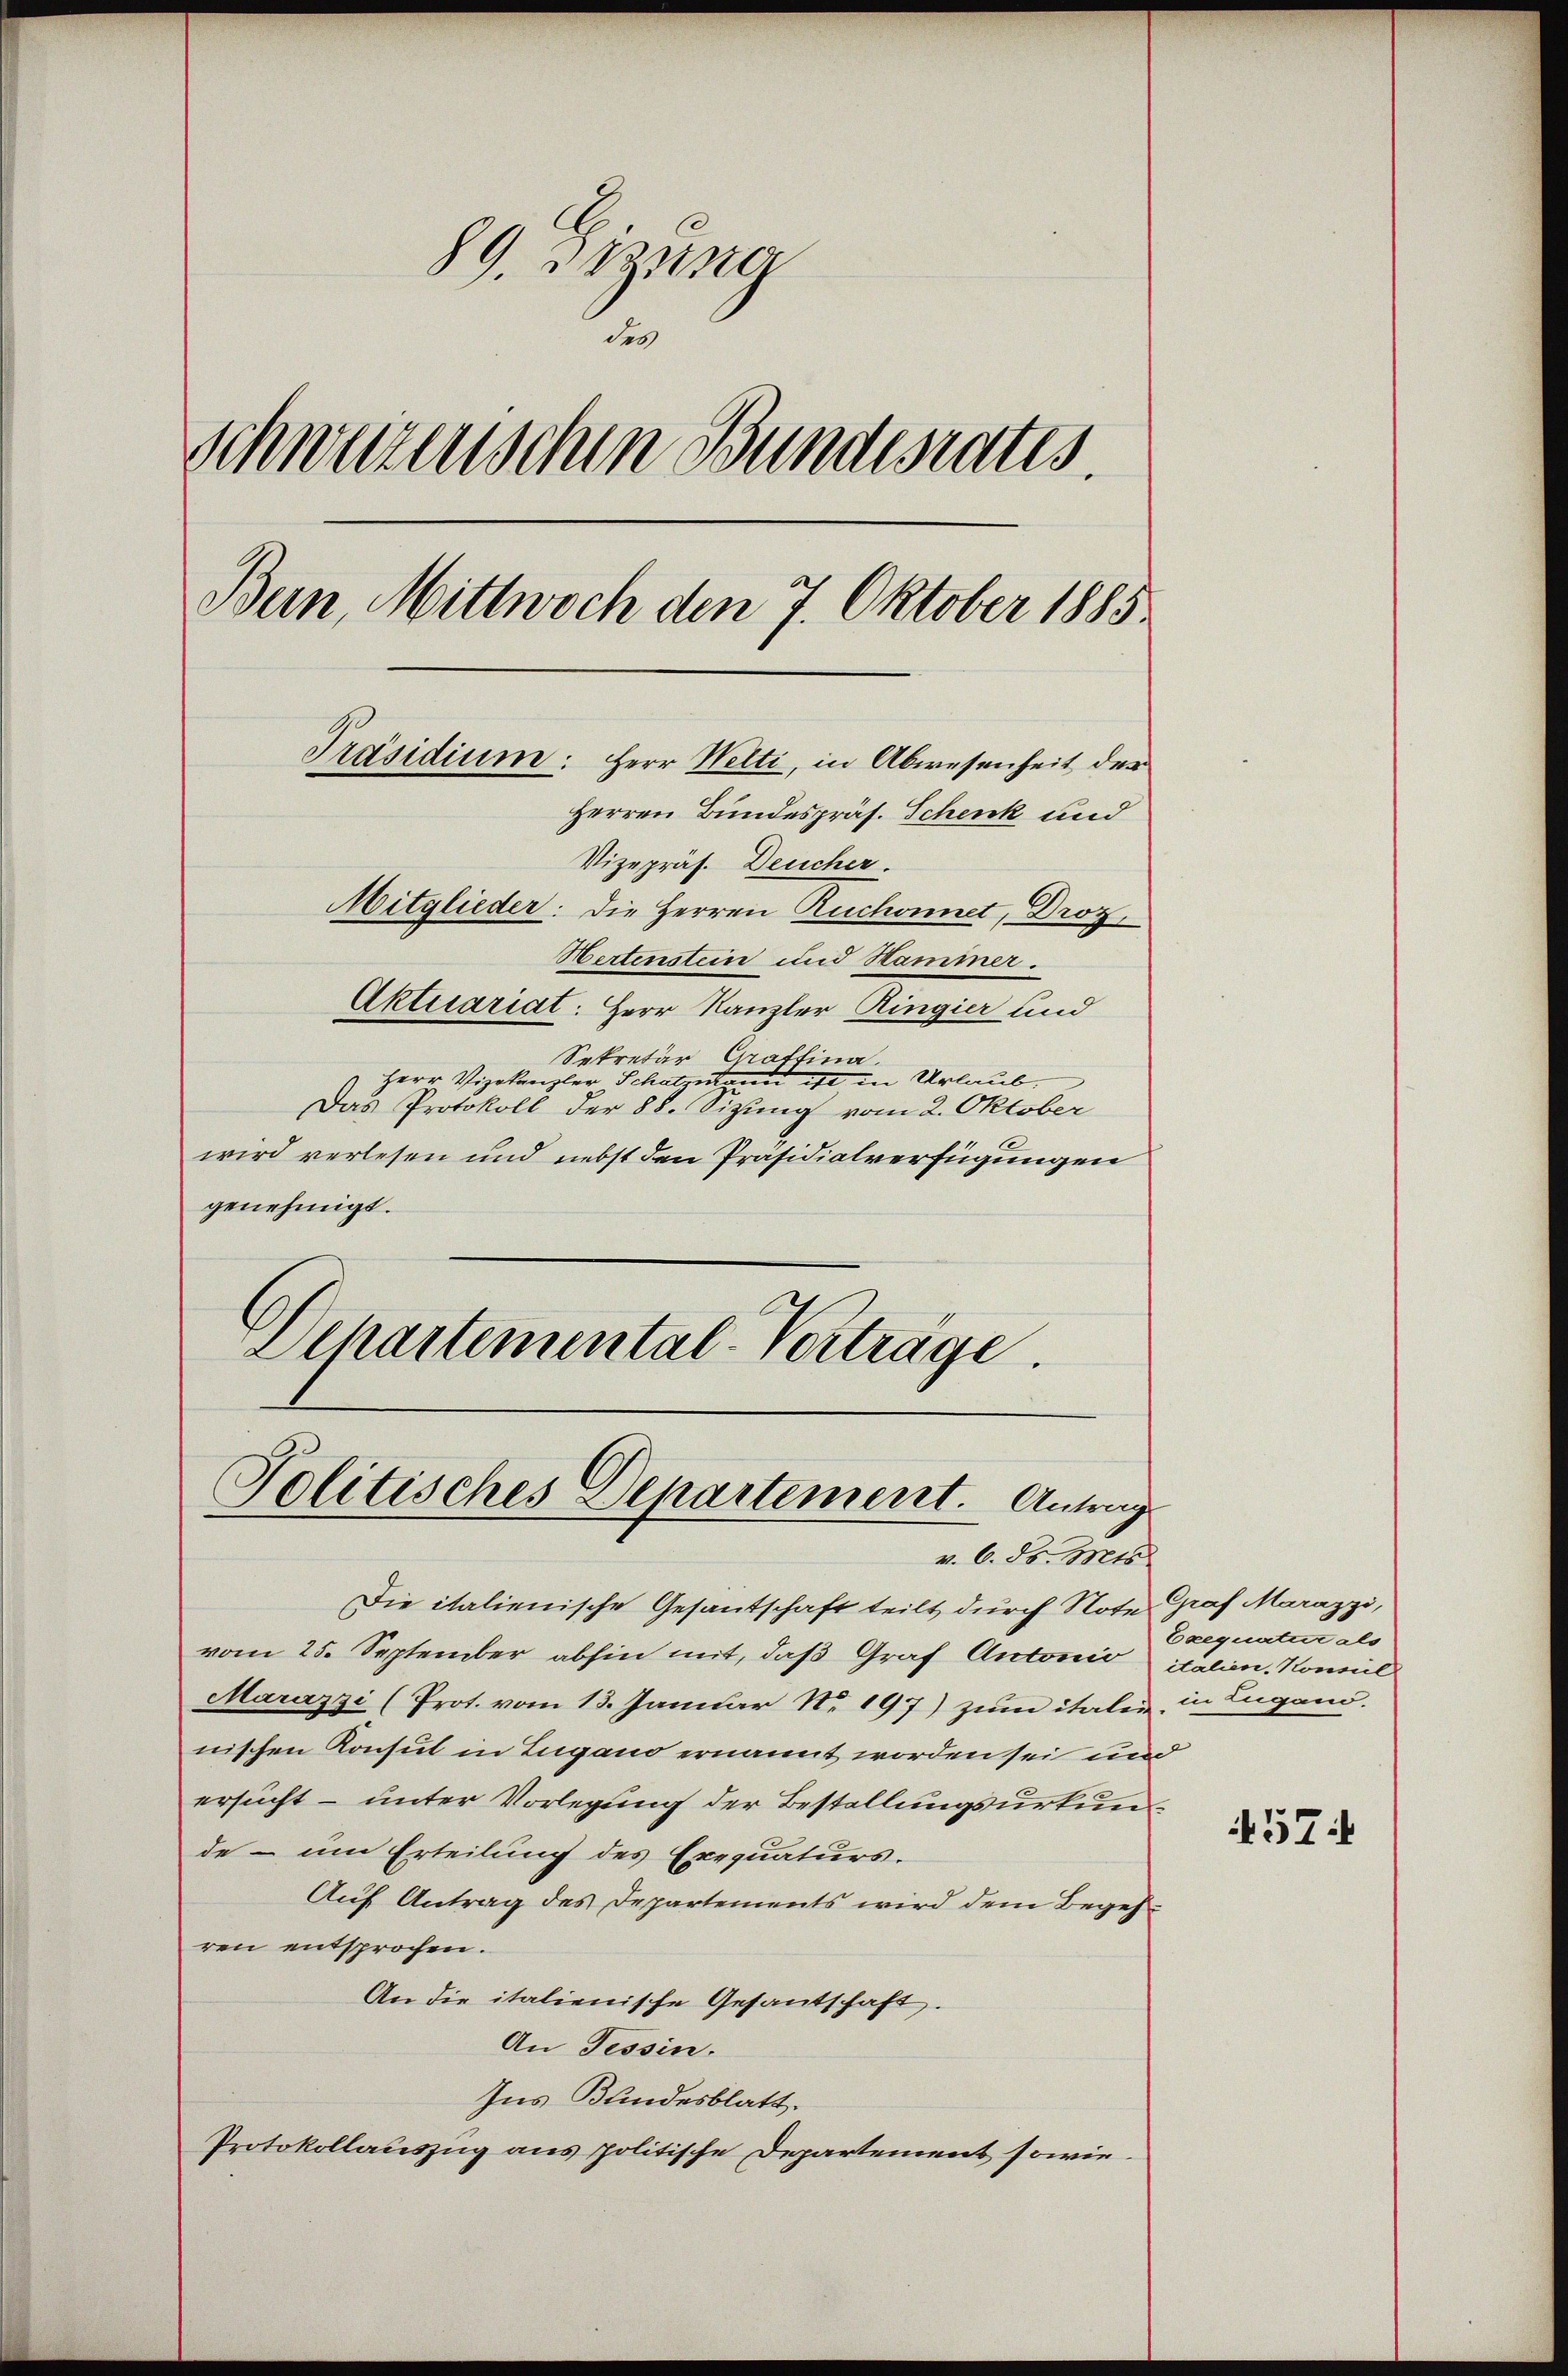
89. Jung
des
Schweizerischen Bundesrates.
Bern, Mittwoch den 7. Oktober 1885.
Präsidium: Herr Welti, in Abwesenheit der
Herren Bundespräs. Schenk und
Vizepräs. Deucher.
Mitglieder: Die Herren Ruchonnet, Droz.
Hertenstein und Hammer.
Aktuariat: Herr Kanzler Ringier und
Sekretär Gattina.

Herr Vizekanzler Schatzungen ist in Urlaub.
Das Protokoll der 88. Sizung vom 2. Oktober
wird verlesen und nebst den Präsidialverfügungen
genehmigt.
Departemental-Vorträge.

Politisches Departement. Antrag
v. 6. d. Mts

Die italienische Gesantschaft teilt durch Note Graf Marazzi,
vom 25. September abhin mit, daß Graf Antonio italien Konseil
Marazzi (Prot. vom 13. Januar Nr. 197) zŭm italen in Lugano.
nischen Konsut in Lugano ernannt worden sei und
ersucht – unter Vorlegung der Bestellungsurkunde - um Erteilung des Exequaturs.
Auf Antrag des Departements wird dem Begehren entsprochen.
An die italienische Gesantschaft.
An Tessin.
Ins Bundesblatt.
Protokollauszug aus politische Departement sowie

Exequatur als

4574